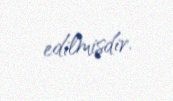
edilmişdir.